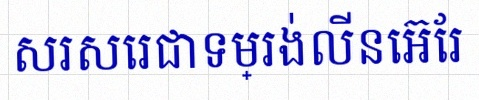
សរសេរជាទម្រង់លីនេអ៊ែរ